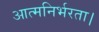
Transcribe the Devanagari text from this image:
आत्मनिर्भरता।